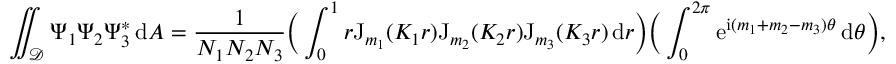
\iint _ { \mathcal { D } } \Psi _ { 1 } \Psi _ { 2 } \Psi _ { 3 } ^ { * } \, \mathrm { d } A = \frac { 1 } { N _ { 1 } N _ { 2 } N _ { 3 } } \bigg ( \int _ { 0 } ^ { 1 } r \mathrm { J } _ { m _ { 1 } } ( K _ { 1 } r ) \mathrm { J } _ { m _ { 2 } } ( K _ { 2 } r ) \mathrm { J } _ { m _ { 3 } } ( K _ { 3 } r ) \, \mathrm { d } r \bigg ) \bigg ( \int _ { 0 } ^ { 2 \pi } \mathrm { e } ^ { \mathrm { i } ( m _ { 1 } + m _ { 2 } - m _ { 3 } ) \theta } \, \mathrm { d } \theta \bigg ) ,